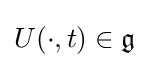
U(\cdot ,t)\in {\mathfrak {g}}